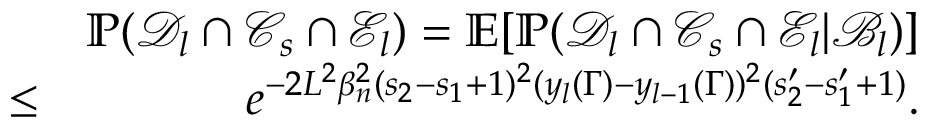
\begin{array} { r l r } & { } & { \mathbb { P } ( \mathcal { D } _ { l } \cap \mathcal { C } _ { s } \cap \mathcal { E } _ { l } ) = \mathbb { E } [ \mathbb { P } ( \mathcal { D } _ { l } \cap \mathcal { C } _ { s } \cap \mathcal { E } _ { l } | \mathcal { B } _ { l } ) ] } \\ & { \leq } & { e ^ { - 2 L ^ { 2 } \beta _ { n } ^ { 2 } ( s _ { 2 } - s _ { 1 } + 1 ) ^ { 2 } ( y _ { l } ( \Gamma ) - y _ { l - 1 } ( \Gamma ) ) ^ { 2 } ( s _ { 2 } ^ { \prime } - s _ { 1 } ^ { \prime } + 1 ) } . } \end{array}